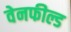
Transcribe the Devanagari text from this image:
वेनफील्ड